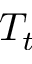
T _ { t }